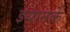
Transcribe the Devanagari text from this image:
इयानके